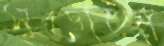
সুডোকো